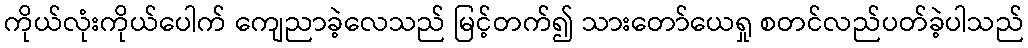
ကိုယ်လုံးကိုယ်ပေါက် ကျေညာခဲ့လေသည် မြင့်တက်၍ သားတော်ယေရှု စတင်လည်ပတ်ခဲ့ပါသည်